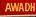
awadh